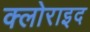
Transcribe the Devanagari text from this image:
क्लोराइद